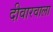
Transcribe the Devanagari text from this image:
दीवारवाला